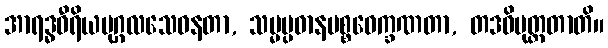
အာရဒ္ဓဝီရိယပုဂ္ဂလသေဝနတာ, သမ္မပ္ပဓာနပစ္စဝေက္ခဏတာ, တဒဓိမုတ္တတာတိ။